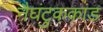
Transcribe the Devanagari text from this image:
नैघंटुककांड